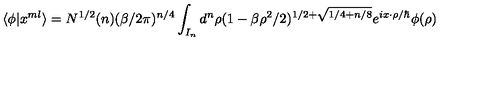
\langle \phi | x ^ { m l } \rangle = N ^ { 1 / 2 } ( n ) ( \beta / 2 \pi ) ^ { n / 4 } \int _ { I _ { n } } d ^ { n } \rho ( 1 - \beta \rho ^ { 2 } / 2 ) ^ { 1 / 2 + \sqrt { 1 / 4 + n / 8 } } e ^ { i x \cdot \rho / \hbar } \phi ( \rho )